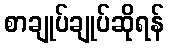
စာချုပ်ချုပ်ဆိုရန်